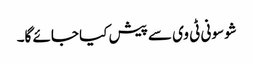
شو سونی ٹی وی سے پیش کیا جائے گا۔